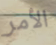
الأمر